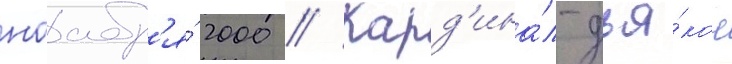
ноабр'я́ 2000 // Кард'ина́л-дья́кон